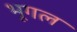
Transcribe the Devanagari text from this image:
भूगल